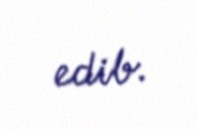
edib.